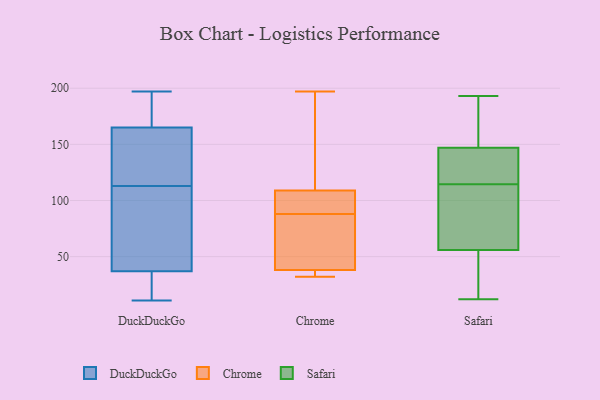
{"axis": {"x": "Energy Usage (MWh)", "y": "Value"}, "legend": ["Chrome", "DuckDuckGo", "Safari"], "data": [{"x": "", "y": 138, "type": "DuckDuckGo"}, {"x": "", "y": 181, "type": "DuckDuckGo"}, {"x": "", "y": 33, "type": "DuckDuckGo"}, {"x": "", "y": 92, "type": "DuckDuckGo"}, {"x": "", "y": 21, "type": "DuckDuckGo"}, {"x": "", "y": 178, "type": "DuckDuckGo"}, {"x": "", "y": 111, "type": "DuckDuckGo"}, {"x": "", "y": 11, "type": "DuckDuckGo"}, {"x": "", "y": 165, "type": "DuckDuckGo"}, {"x": "", "y": 197, "type": "DuckDuckGo"}, {"x": "", "y": 119, "type": "DuckDuckGo"}, {"x": "", "y": 101, "type": "DuckDuckGo"}, {"x": "", "y": 115, "type": "DuckDuckGo"}, {"x": "", "y": 37, "type": "DuckDuckGo"}, {"x": "", "y": 37, "type": "Chrome"}, {"x": "", "y": 184, "type": "Chrome"}, {"x": "", "y": 98, "type": "Chrome"}, {"x": "", "y": 106, "type": "Chrome"}, {"x": "", "y": 33, "type": "Chrome"}, {"x": "", "y": 37, "type": "Chrome"}, {"x": "", "y": 110, "type": "Chrome"}, {"x": "", "y": 103, "type": "Chrome"}, {"x": "", "y": 81, "type": "Chrome"}, {"x": "", "y": 88, "type": "Chrome"}, {"x": "", "y": 81, "type": "Chrome"}, {"x": "", "y": 41, "type": "Chrome"}, {"x": "", "y": 197, "type": "Chrome"}, {"x": "", "y": 138, "type": "Chrome"}, {"x": "", "y": 32, "type": "Chrome"}, {"x": "", "y": 173, "type": "Safari"}, {"x": "", "y": 18, "type": "Safari"}, {"x": "", "y": 129, "type": "Safari"}, {"x": "", "y": 74, "type": "Safari"}, {"x": "", "y": 190, "type": "Safari"}, {"x": "", "y": 92, "type": "Safari"}, {"x": "", "y": 111, "type": "Safari"}, {"x": "", "y": 123, "type": "Safari"}, {"x": "", "y": 111, "type": "Safari"}, {"x": "", "y": 159, "type": "Safari"}, {"x": "", "y": 13, "type": "Safari"}, {"x": "", "y": 12, "type": "Safari"}, {"x": "", "y": 56, "type": "Safari"}, {"x": "", "y": 40, "type": "Safari"}, {"x": "", "y": 145, "type": "Safari"}, {"x": "", "y": 147, "type": "Safari"}, {"x": "", "y": 193, "type": "Safari"}, {"x": "", "y": 118, "type": "Safari"}]}